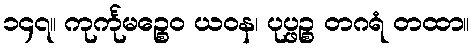
၁၄၇။ ကုင်္ကုမဉ္စေဝ ယဝန၊ ပုပ္ဖဉ္စ တဂရံ တထာ။